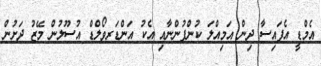
އެމްޑީ އެފައިސާ ދިން އަމިއްލަ ކުންފުންނާއި އެކު އަންޑަރވޯލްޑް އުސޫލުން މޭޒު ދަށުން